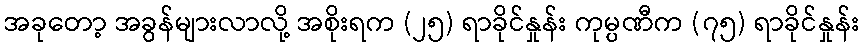
အခုတော့ အခွန်များလာလို့ အစိုးရက (၂၅) ရာခိုင်နှုန်း ကုမ္ပဏီက (၇၅) ရာခိုင်နှုန်း